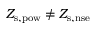
Z _ { \mathrm { s , p o w } } \ne Z _ { \mathrm { s , n s e } }